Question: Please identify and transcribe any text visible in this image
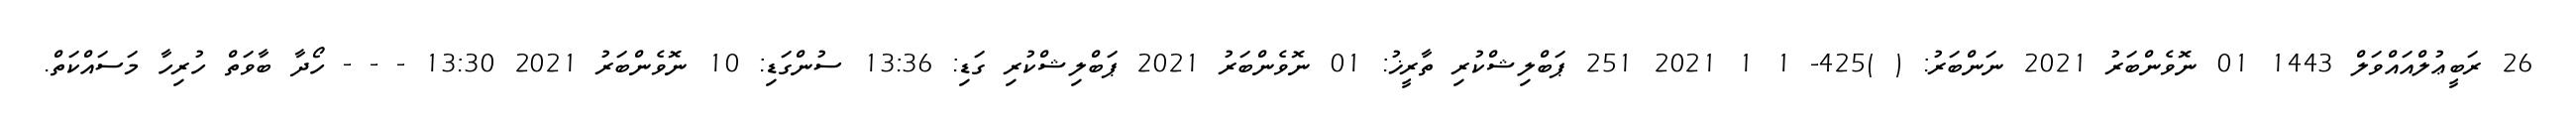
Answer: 26 ރަބީޢުލްއައްވަލް 1443 01 ނޮވެންބަރު 2021 ނަންބަރު: ( )425- 1 1 2021 251 ޕަބްލިޝްކުރި ތާރީޚު: 01 ނޮވެންބަރު 2021 ޕަބްލިޝްކުރި ގަޑި: 13:36 ސުންގަޑި: 10 ނޮވެންބަރު 2021 13:30 - - - ހޯދާ ބާވަތް ހުރިހާ މަސައްކަތް.